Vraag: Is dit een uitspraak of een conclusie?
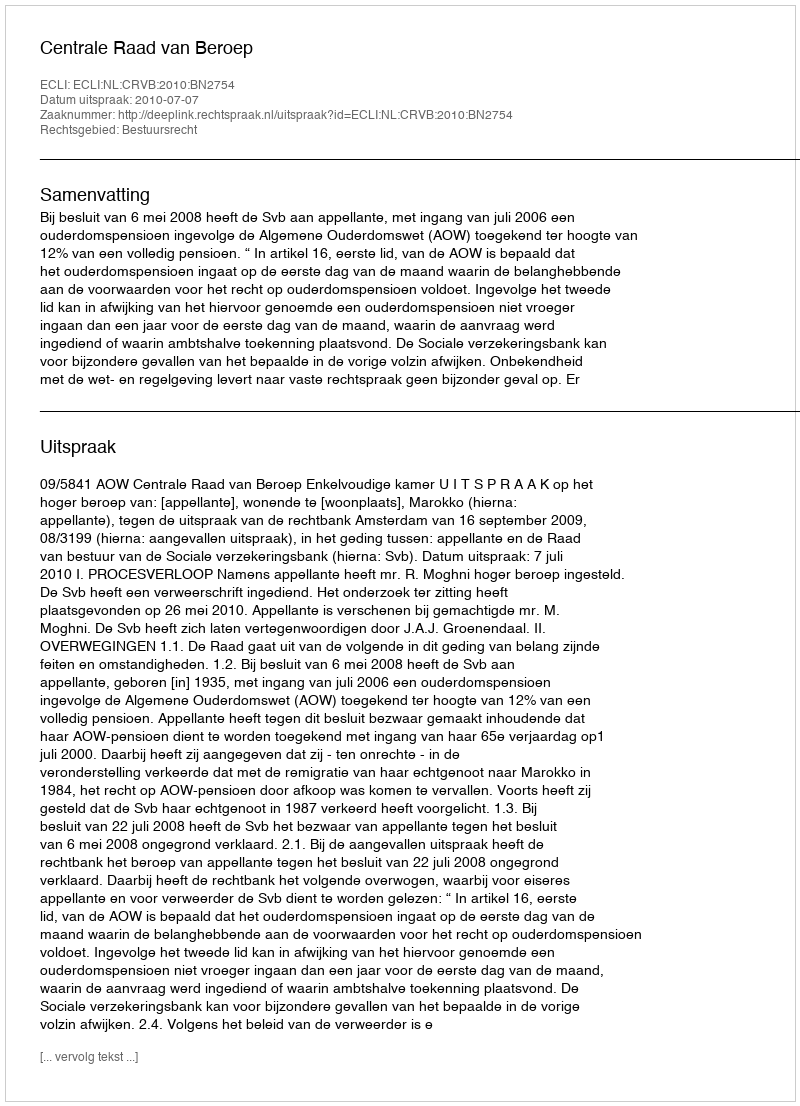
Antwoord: Uitspraak